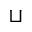
\sqcup